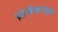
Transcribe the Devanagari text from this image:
प्रोजॅक्टाइल